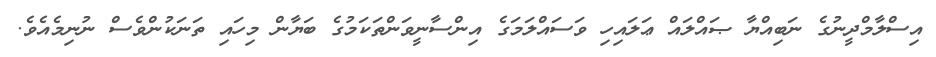
އިސްލާމްދީނުގެ ނަބިއްޔާ ޞައްލައް ޢަލައިހި ވަސައްލަމަގެ އިންސާނީވަންތަކަމުގެ ބަޔާން މިހައި ތަނަކުންވެސް ނުނިމެއެވެ.